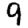
Digit: 9